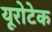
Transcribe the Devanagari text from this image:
यूरोटेक